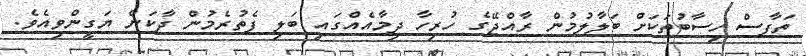
ތަފާސް ހިސާބުތަކަށް ބަލާލުމުން ރާއްޖޭގެ ހުރިހާ ދިމާއެއްގައި ބަލި ފެތުރެމުން ދާކަން ޔަގީންވިއެވެ.